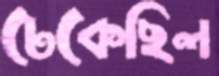
ঢেকেছিল